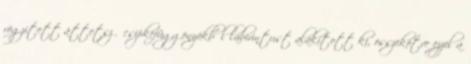
rögzített áttetsző csipkefüggönyökből labirintust alakított ki, összekötve ezzel a